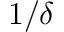
1 / \delta